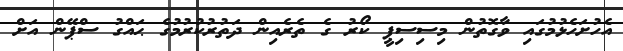
އެހުށަހެޅުމުގައި ވާގޮތުން މިސިސިޕީ ކޯރު ގެ ތެރެއިން ދަތުރުކުރުމުގެ ޙައްގު ސްޕޭން އަށް